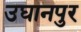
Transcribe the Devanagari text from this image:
उघानपुर